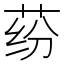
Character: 𰱍